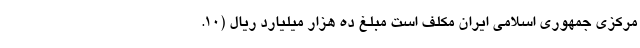
مرکزی جمهوری اسلامی ایران مکلف است مبلغ ده هزار میلیارد ریال (10.